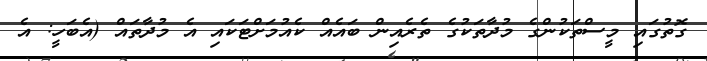
ގޮތުގައި މީސްތަކުންގެ މުދާތަކުގެ ތެރެއިން ބައެއް ކެއުމަށްޓަކައި އެ މުދާތައް (އެބަހީ: އެ